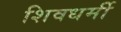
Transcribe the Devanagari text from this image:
शिवधर्मी